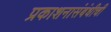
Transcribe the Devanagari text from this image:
प्रकाशनासंबंधीची